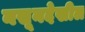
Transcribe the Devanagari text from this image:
नसूनदेखील